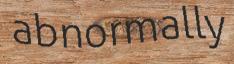
abnormally